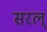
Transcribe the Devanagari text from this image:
सरल्